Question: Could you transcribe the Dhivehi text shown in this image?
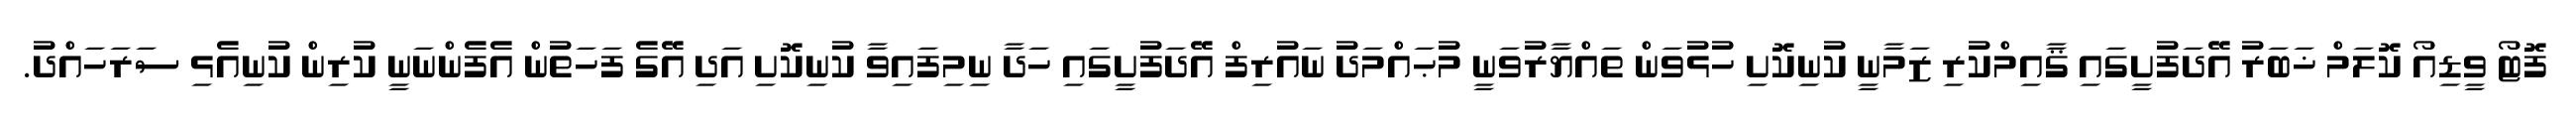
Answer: ފޮޓޯ ވީޑިއޯ ކޮލަމް ޚަބަރު އޭދަފުށީގައި ޤާއިމްކުރި ޒަމާނީ ކުނިކޮށި ހުޅުވަން ތައްޔާރުވަނީ މުޙައްމަދު ނައުރިފް އޭދަފުށީގައި ހަދާ ނިމިފައިވާ ކުނިކޮށި އަދި އޭގެ ފަހަތުން އެފެންނަނީ ކުރިން ކުނިއެޅި ސަރަހައްދު.